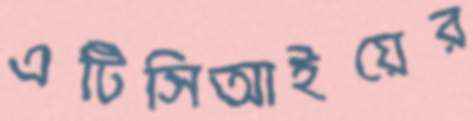
এটিসিআইয়ের